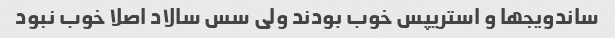
ساندویجها و استریپس خوب بودند ولی سس سالاد اصلا خوب نبود